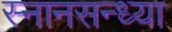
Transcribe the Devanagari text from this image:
स्नानसन्ध्या